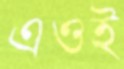
এওই